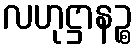
လဟုဋ္ဌာနဉ္စ